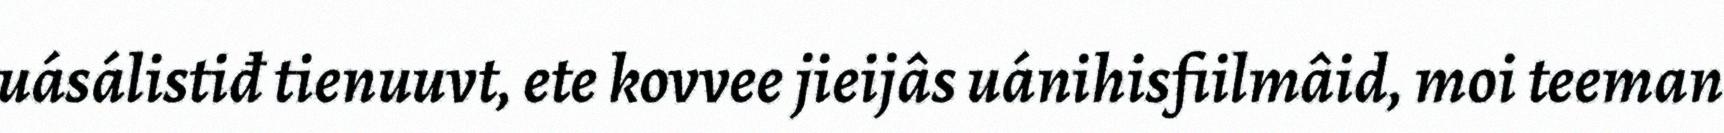
uásálistiđ tienuuvt, ete kovvee jieijâs uánihisfiilmâid, moi teeman